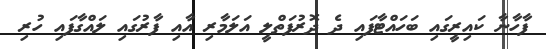
ފާހާނާ ކައިރީގައި ބަހައްޓާފައި ދެ ދޮރުފަތްލީ އަލަމާރި އާއި ފާރުގައި ލައްގާފައި ހުރި